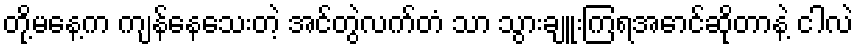
တို့မနေ့က ကျန်နေသေးတဲ့ အင်တွဲလက်တံ သာ သွားချူးကြရအောင်ဆိုတာနဲ့ ငါလဲ